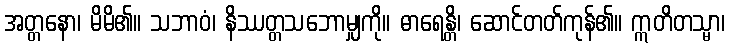
အတ္တနော၊ မိမိ၏။ သဘာဝံ၊ နိဿတ္တသဘောမျှကို။ ဓာရေန္တိ၊ ဆောင်တတ်ကုန်၏။ ဣတိတသ္မာ၊